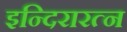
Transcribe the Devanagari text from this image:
इन्दिरारत्न